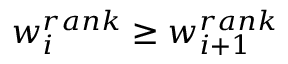
w _ { i } ^ { r a n k } \geq w _ { i + 1 } ^ { r a n k }